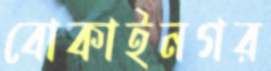
বোকাইনগর